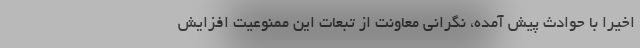
اخیرا با حوادث پیش آمده، نگرانی معاونت از تبعات این ممنوعیت افزایش